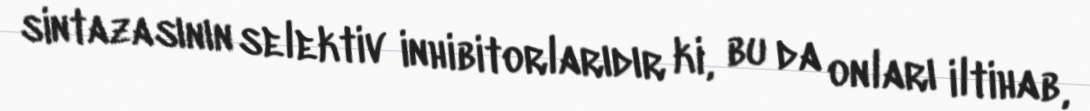
sintazasının selektiv inhibitorlarıdır ki, bu da onları iltihab,